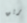
بريق